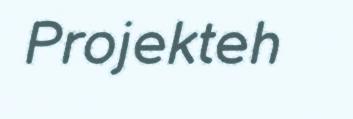
Projekteh